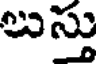
లుస్తు